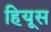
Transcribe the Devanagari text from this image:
हियूस